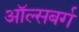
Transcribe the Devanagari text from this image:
ऑल्सबर्ग